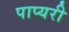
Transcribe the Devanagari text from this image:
पाप्यरी